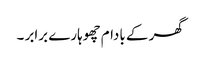
گھر کے بادام چھوہارے برابر ۔